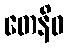
တေနိဓ